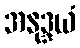
အနုဒ္ဒယံ